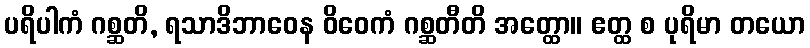
ပရိပါကံ ဂစ္ဆတိ, ရသာဒိဘာဝေန ဝိဝေကံ ဂစ္ဆတီတိ အတ္ထော။ ဧတ္ထ စ ပုရိမာ တယော